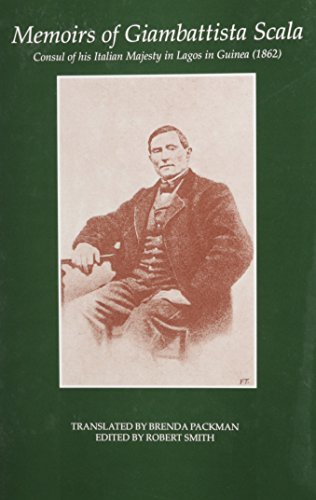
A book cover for Memoirs of Giambattista Scala: Consul of his Italian Majesty in lagos in Guinea (1862) (Fontes Historiae Africanae, New Series: Sources of African History); Brenda Packman; History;